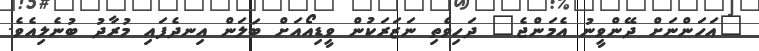
"އަހަންނަށް ދޭންވީނު އެމަންޖެ" ދަހިވެތި ނަޒަރަކުން ވީޑިއޯއަށް ބަލަން އިނދެފައި މުރާދު ބުނެލިއެވެ.